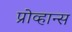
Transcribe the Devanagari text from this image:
प्रोव्हान्स